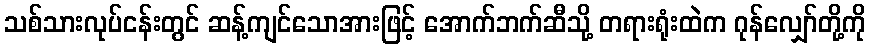
သစ်သားလုပ်ငန်းတွင် ဆန့်ကျင်သောအားဖြင့် အောက်ဘက်ဆီသို့ တရားရုံးထဲက ဂုန်လျှော်တို့ကို